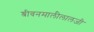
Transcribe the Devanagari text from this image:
श्रीवनमालीलालजी